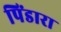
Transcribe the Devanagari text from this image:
पिंडारा